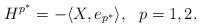
LaTeX: \begin{align*}H^{p^{\ast}}=-\langle X,e_{p^{\ast}}\rangle, \ \ p=1, 2.\end{align*}